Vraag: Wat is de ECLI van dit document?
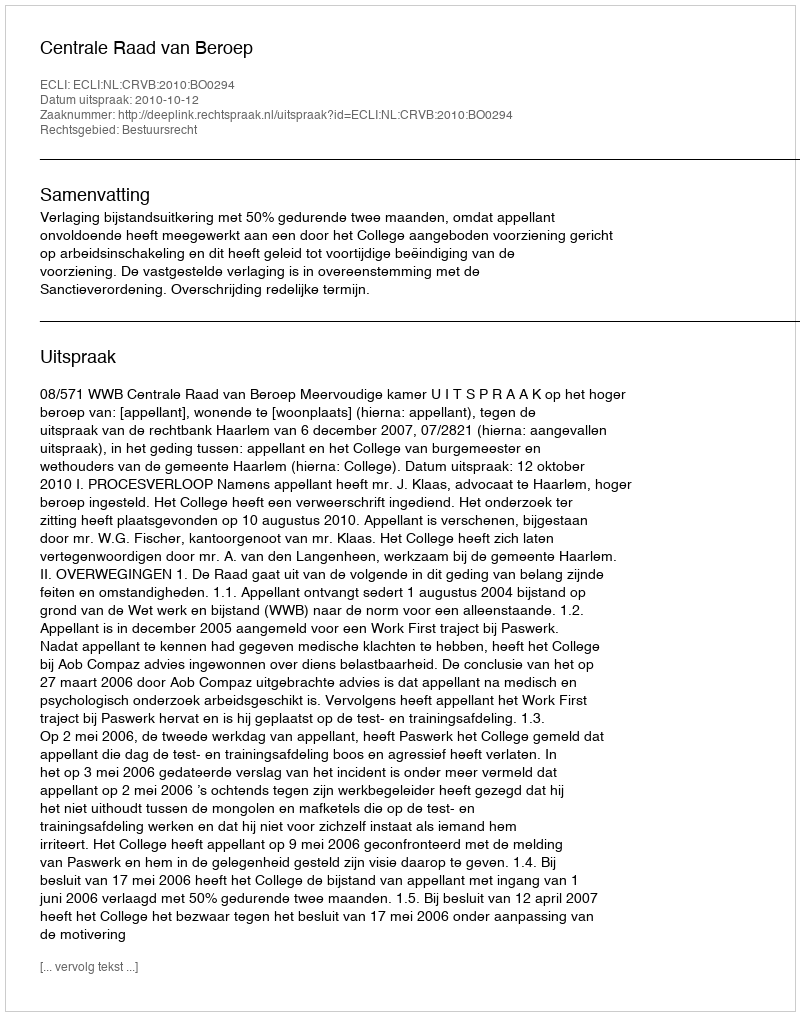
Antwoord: ECLI:NL:CRVB:2010:BO0294